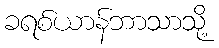
ခရစ်ယာန်ဘာသာသို့